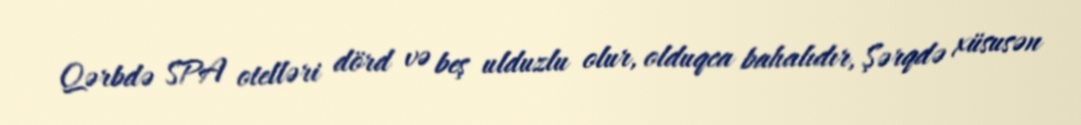
Qərbdə SPA otelləri dörd və beş ulduzlu olur, olduqca bahalıdır, Şərqdə xüsusən